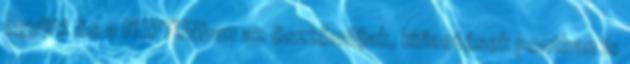
együtt és a NEPTUNban az ösztöndíjak, kifizetések pontban is